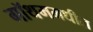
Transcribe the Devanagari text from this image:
गॉथममधील